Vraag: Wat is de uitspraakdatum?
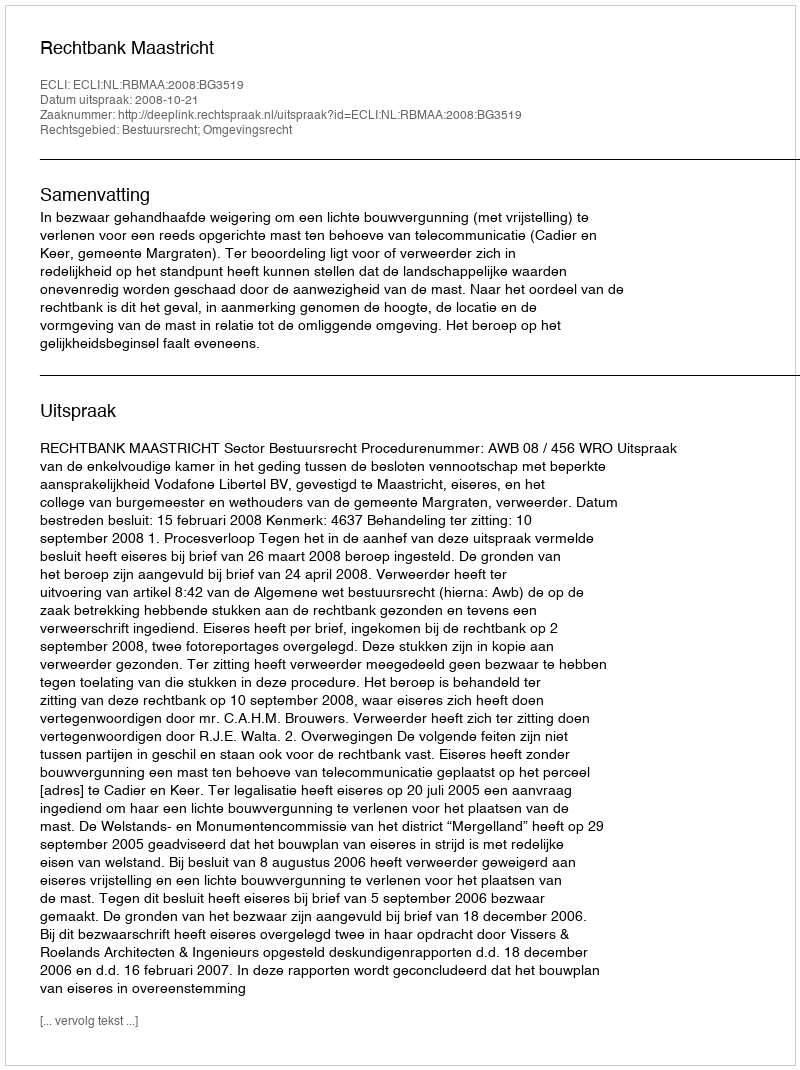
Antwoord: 2008-10-21